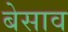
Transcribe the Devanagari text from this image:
बेसाव